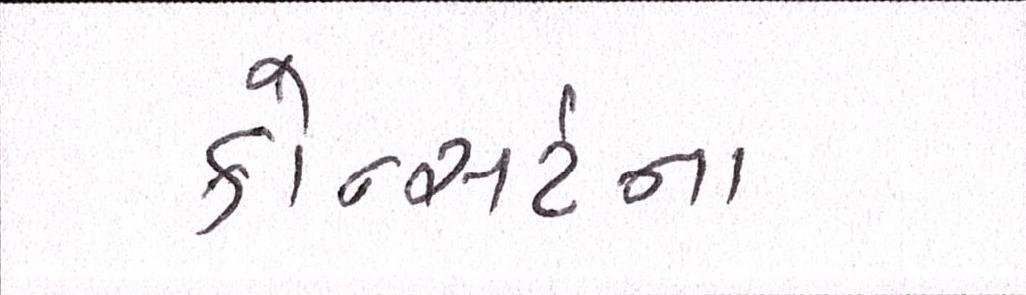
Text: કોન્સર્ટના